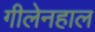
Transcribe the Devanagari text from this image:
गीलेनहाल